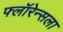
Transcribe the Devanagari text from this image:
फ्लॉरेन्सला